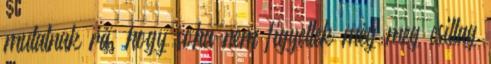
mutatnak rá, hogy soha nem figyeltek még meg csillag